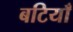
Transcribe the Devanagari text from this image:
बटियाँ